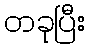
တခုပြီး